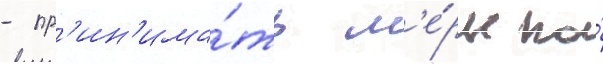
- пр'ин'има́ть м'е́ры по́